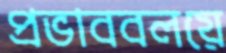
প্রভাববলয়ে